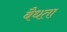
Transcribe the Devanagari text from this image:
बैधता